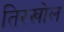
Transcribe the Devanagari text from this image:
तिरखोल